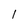
Character: 1